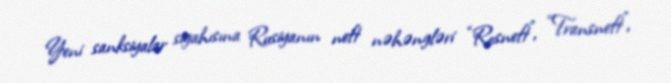
Yeni sanksiyalar siyahısına Rusiyanın neft nəhəngləri “Rosneft”, “Transneft”,